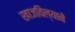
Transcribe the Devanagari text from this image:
खाजविल्याने